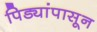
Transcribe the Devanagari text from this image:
पिड्यांपासून